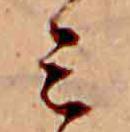
ミ